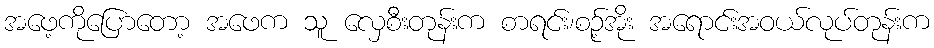
အဖေ့ကိုပြောတော့ အဖေက သူ လှေစီးတုန်းက စာရင်း၊စဉ့်အိုး အရောင်းအဝယ်လုပ်တုန်းက